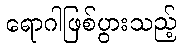
ရောဂါဖြစ်ပွားသည့်